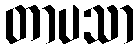
တာပသာ